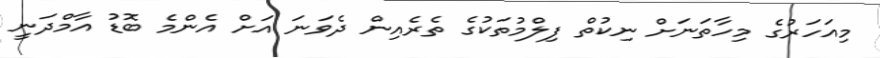
މިއަހަރުގެ މިހާތަނަށް ނިކުތް ފިލްމުތަކުގެ ތެރެއިން ދެވަނަ އަށް އެންމެ ބޮޑު އާމްދަނީ